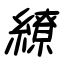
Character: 繚